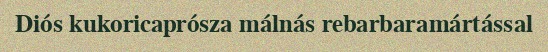
Diós kukoricaprósza málnás rebarbaramártással